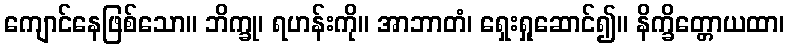
ကျောင်နေဖြစ်သော။ ဘိက္ခု၊ ရဟန်းကို။ အာဘာတံ၊ ရှေးရှုဆောင်၍။ နိက္ခိတ္တောယထာ၊